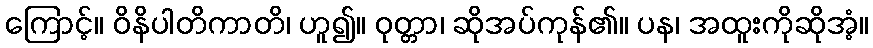
ကြောင့်။ ဝိနိပါတိကာတိ၊ ဟူ၍။ ဝုတ္တာ၊ ဆိုအပ်ကုန်၏။ ပန၊ အထူးကိုဆိုအံ့။